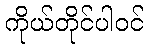
ကိုယ်တိုင်ပါဝင်